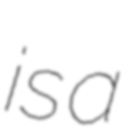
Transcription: is a